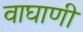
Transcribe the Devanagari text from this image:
वाघाणी